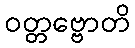
ဝတ္တဗ္ဗောတိ